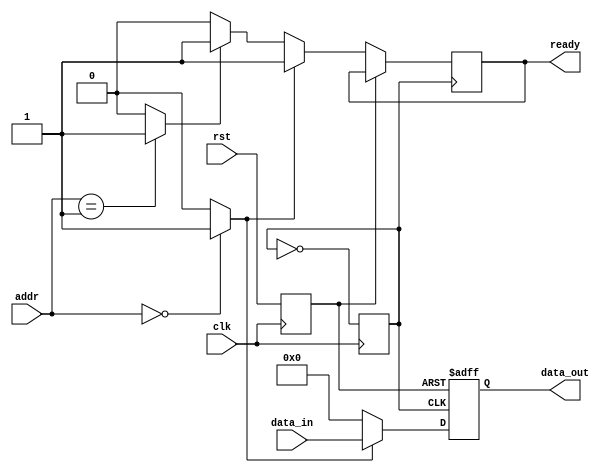
module ahb_bus_controller (
    input wire clk,
    input wire rst,
    input wire [4:0] addr,
    input wire [7:0] data_in,
    output wire [7:0] data_out,
    output wire ready
);

// Timing control and synchronization blocks
// Clock generation
reg clk_divided;

always @(posedge clk)
begin
    clk_divided <= ~clk_divided;
end

// Reset generation
reg rst_sync;

always @(posedge clk)
begin
    rst_sync <= rst;
end

// Control logic for read and write operations
reg read_selected;
reg write_selected;

always @(*)
begin
    case (addr)
        // Read operation selected
        5'b00000: begin
            read_selected <= 1;
            write_selected <= 0;
        end
        // Write operation selected
        5'b00001: begin
            read_selected <= 0;
            write_selected <= 1;
        end
        // No operation
        default: begin
            read_selected <= 0;
            write_selected <= 0;
        end
    endcase
end

// Synchronization blocks for data transfer
reg [7:0] data_in_sync;
reg [7:0] data_out_sync;

always @(posedge clk_divided or posedge rst_sync)
begin
    if (rst_sync)
    begin
        data_in_sync <= 8'b0;
        data_out_sync <= 8'b0;
    end
    else if (read_selected)
    begin
        data_out_sync <= data_in;
        ready <= 1;
    end
    else if (write_selected)
    begin
        data_out_sync <= 8'b0;
        ready <= 1;
    end
    else
    begin
        data_out_sync <= 8'b0;
        ready <= 0;
    end
end

assign data_out = data_out_sync;

endmodule